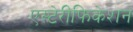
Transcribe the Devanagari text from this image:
एस्टेरीफिकेशन